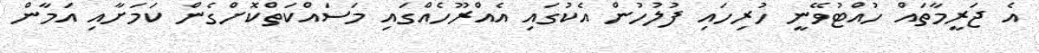
އެ ޖަރީމާތައް ހުއްޓުވޭނީ ހުރިހައި ފުލުހުން އެކުގައި އެއްރޫހެއްގައި މަސައްކަތްކޮށްގެން ކަމަށާއި އަމާން